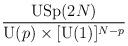
LaTeX: \begin{align*} {\mbox{USp}(2N)\over \mbox{U}(p)\times [\mbox{U}(1)]^{N-p}}\end{align*}